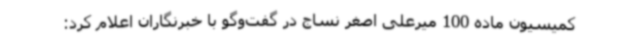
کمیسیون ماده 100 میرعلی اصغر نساج در گفت‌وگو با خبرنگاران اعلام کرد: